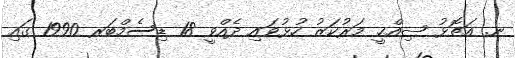
ނ. އަތޮޅު ޞިއްޙީ މަރުކަޒު ހުޅުވައި ދެއްވީ 18 ޑިސެމްބަރ 1990 ގައި